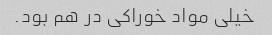
خیلی مواد خوراکی در هم بود.